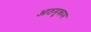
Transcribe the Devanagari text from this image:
आठमुकाम